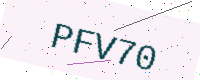
Text: PFV70